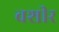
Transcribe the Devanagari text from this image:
वशीर